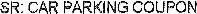
SR: CAR PARKING COUPON